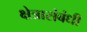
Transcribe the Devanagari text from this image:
क्षेत्रासंबंधी